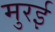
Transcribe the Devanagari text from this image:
मुरई